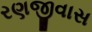
રણજીવાસ